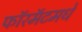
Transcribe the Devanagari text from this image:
फॉरमॅटमधे